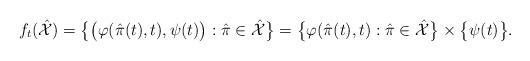
LaTeX: \begin{align*}f_{t}(\hat{\mathcal{X}})=\big\{\big(\varphi(\hat{\pi}(t),t),\psi(t)\big):\hat{\pi}\in \hat{\mathcal{X}}\big\}=\big\{\varphi(\hat{\pi}(t),t):\hat{\pi}\in \hat{\mathcal{X}}\big\}\times \big\{\psi(t)\big\}.\end{align*}